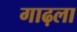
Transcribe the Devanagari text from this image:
गाढ़ला